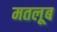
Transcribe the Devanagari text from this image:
मतलूब